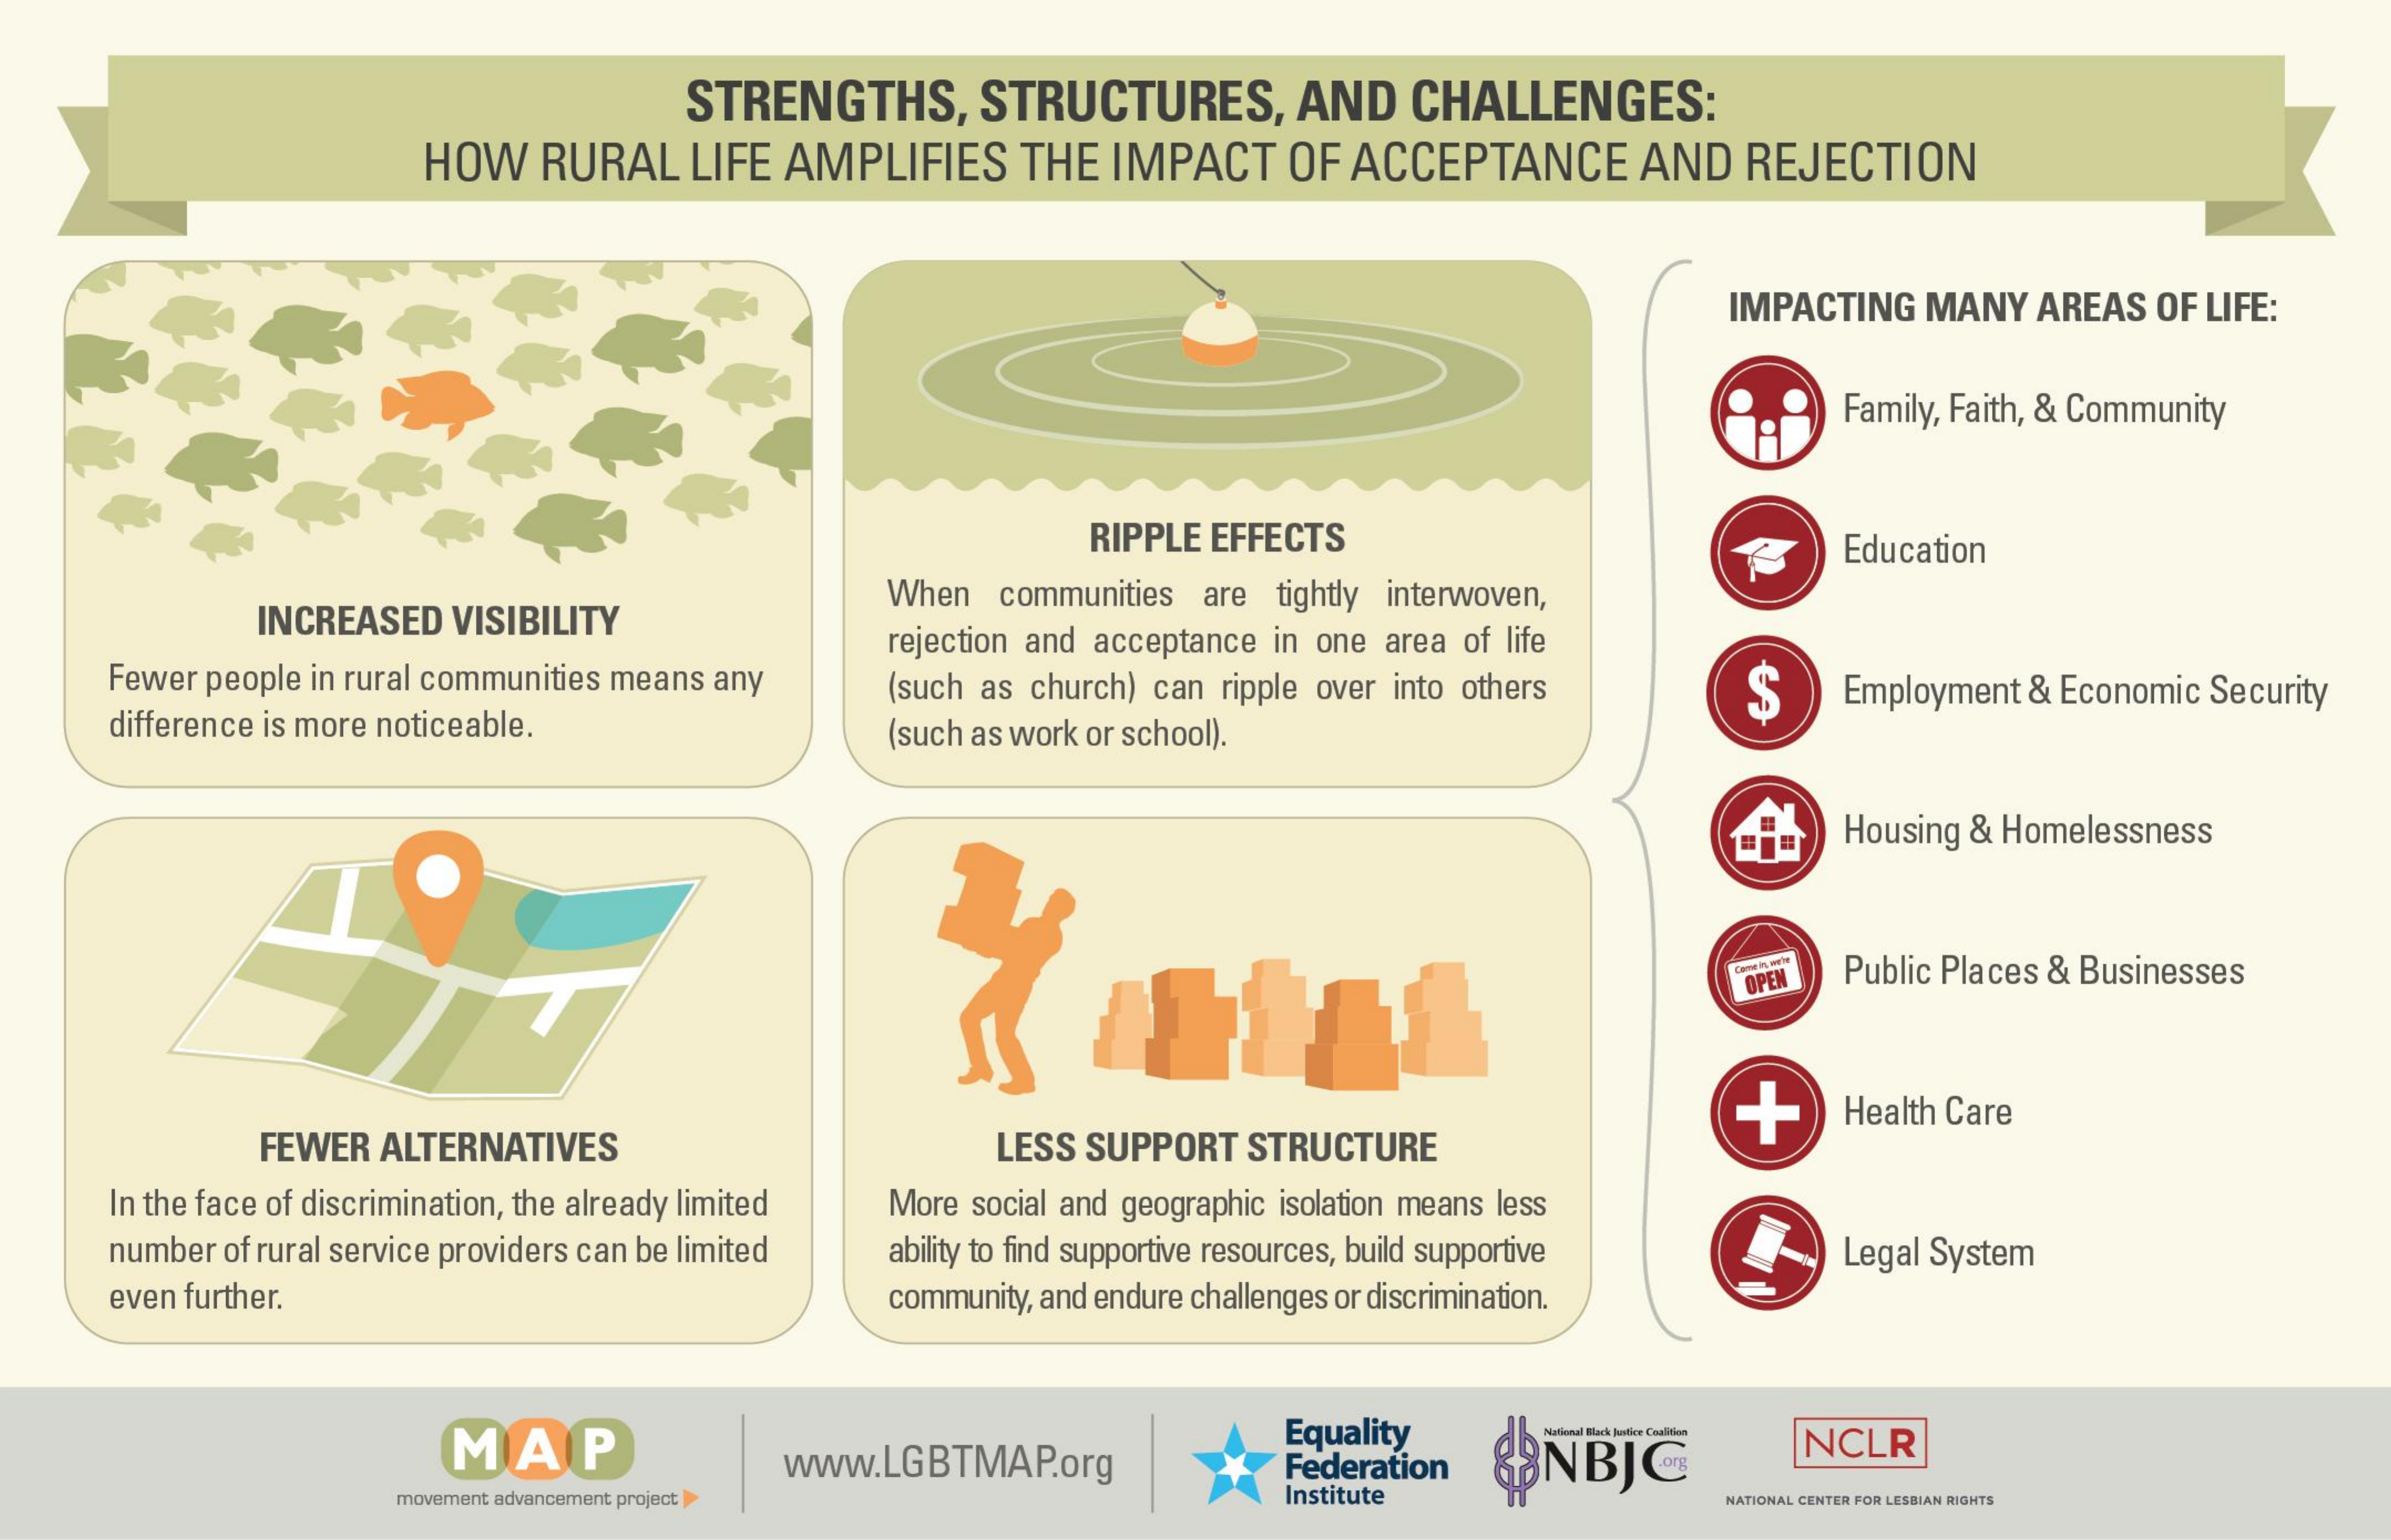
STRENGTHS,    STRUCTURES,    AND   CHALLENGES:
     HOW   RURAL   LIFE AMPLIFIES   THE  IMPACT   OF ACCEPTANCE    AND   REJECTION
     IMPACTING MANY  AREAS OF LIFE:
     Family, Faith, & Community
     RIPPLE EFFECTS    Education
     INCREASED VISIBILITY
     When  communities are tightly interwoven,
     Fewer people in rural communities means any
     rejection and acceptance in one area of life
     (such as church) can ripple over into others $
     difference is more noticeable.    (such as work or school).
     Employment & Economic Security
     Housing & Homelessness
     OPEN Public Places & Businesses
     FEWER ALTERNATIVES    LESS SUPPORT STRUCTURE
     Health Care
     In the face of discrimination, the already limited More social and geographic isolation means less
     number of rural service providers can be limited ability to find supportive resources, build supportive Legal System
     even further.    community, and endure challenges or discrimination.
     MAP    www.LGBTMAP.org
     Equality
     Federation (NBJC    NCLR
     movement advancement project    Institute    NATIONAL CENTER FOR LESBIAN RIGHTS